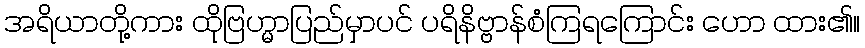
အရိယာတို့ကား ထိုဗြဟ္မာပြည်မှာပင် ပရိနိဗ္ဗာန်စံကြရကြောင်း ဟော ထား၏။